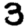
Digit: 3